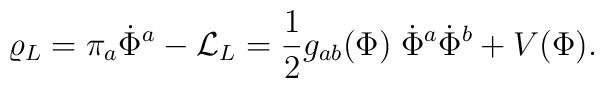
\varrho_L = \pi_a \dot\Phi^a - {\cal L}_L          =  {1\over2} g_{ab}(\Phi)\; \dot\Phi^a \dot\Phi^b + V(\Phi).